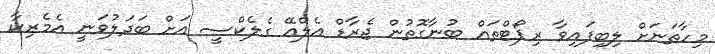
މިހާތަނަށް ލިބިފައިވާ ރިޕޯޓްތައް ބުނާގޮތުން ޖެރާޑް އެލްއޭ ގެލެކްސީ އަށް ބަދަލުވަނީ އެމެރިކާ